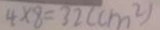
4 \times 8 = 3 2 ( c m ^ { 2 } )